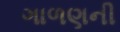
ગાળણની